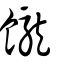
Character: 𩟭